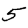
Digit: 5